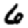
Digit: 6